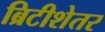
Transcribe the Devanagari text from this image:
ब्रिटीशेतर